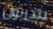
يتدربون